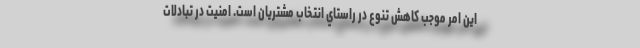
اين امر موجب كاهش تنوع در راستاي انتخاب مشتريان است. امنيت در تبادلات